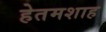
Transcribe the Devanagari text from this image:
हेतमशाह